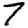
Digit: 7